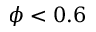
\phi < 0 . 6